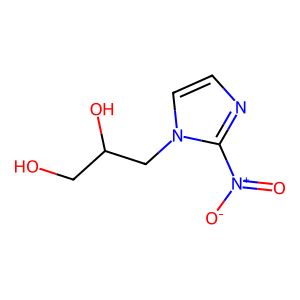
SMILES: O=[N+]([O-])c1nccn1CC(O)CO
Inhibits HIV replication: No